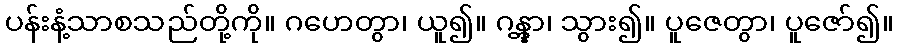
ပန်းနံ့သာစသည်တို့ကို။ ဂဟေတွာ၊ ယူ၍။ ဂန္တွာ၊ သွား၍။ ပူဇေတွာ၊ ပူဇော်၍။